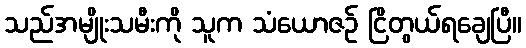
သည်အမျိုးသမီးကို သူက သံယောဇဉ် ငြိတွယ်ရချေပြီ။